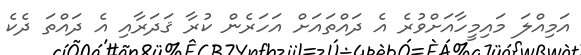
އަމިއްލަ މައިމީހާއަށްވުރެ އެ ދައްތައަށް އަހަރެން ކުރާ ޤަދަރާއި އެ ދައްތަ ދެކެ